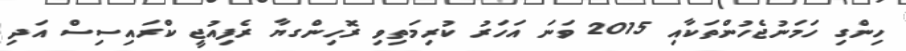
ހިންގި ހަމަނުޖެހުންތަކާއި 2015 ވަނަ އަހަރު ކުރިމަތިވި ރޮހިންގޔާ ރެފިއުޖީ ކްރައިސިސް އަދި